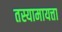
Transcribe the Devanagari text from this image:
तस्यामायत्ता